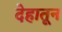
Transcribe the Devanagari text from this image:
देहातून